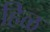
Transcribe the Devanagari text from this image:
हिळ